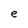
Character: e